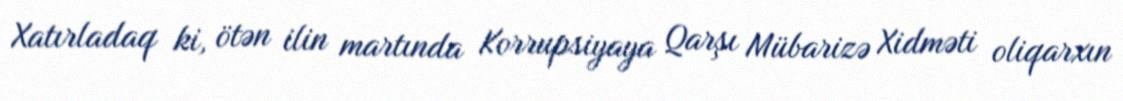
Xatırladaq ki, ötən ilin martında Korrupsiyaya Qarşı Mübarizə Xidməti oliqarxın